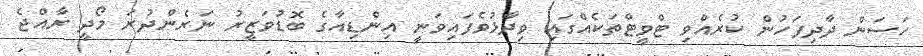
ހަސަން ދާދިފަހުން ކުރެއްވި ޓްވީޓްތަކެއްގައި ވިދާޅުވެފައިވަނީ އިންޑިއާގެ ބޮޑުވަޒީރު ނަރެންދުރަ މޯދީ ރާއްޖެ